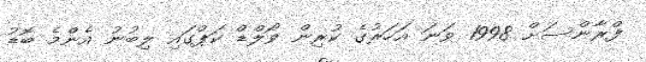
ފްރާންސަށް 1998 ވަނަ އަހަރުގެ ކުރިން ވޯލްޑް ކަޕްގައި ލިބުނު އެންމެ ބޮޑު